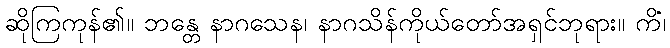
ဆိုကြကုန်၏။ ဘန္တေ နာဂသေန၊ နာဂသိန်ကိုယ်တော်အရှင်ဘုရား။ ကိံ၊